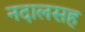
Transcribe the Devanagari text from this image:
नदालसह